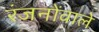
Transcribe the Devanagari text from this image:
रंजनोंवाले